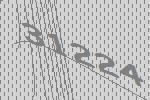
31224